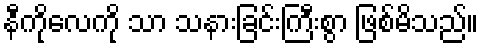
နီကိုလေကို သာ သနားခြင်းကြီးစွာ ဖြစ်မိသည်။